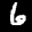
Label: 6